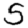
Digit: 5